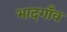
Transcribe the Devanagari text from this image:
भादगाँव